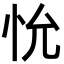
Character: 𪫤